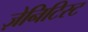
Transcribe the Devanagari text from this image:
ज़ेनिटिस्ट